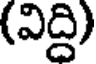
(విద్ది)